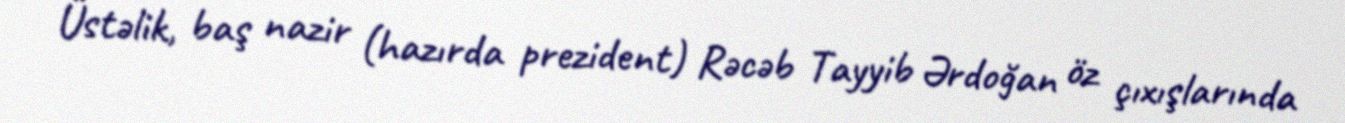
Üstəlik, baş nazir (hazırda prezident) Rəcəb Tayyib Ərdoğan öz çıxışlarında